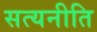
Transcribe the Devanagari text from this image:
सत्यनीति